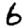
Digit: 6